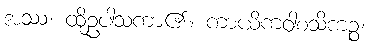
အဿ၊ ထိုဥပါသကာ၏။ ကာယိကဝါစသိကဉ္စ၊